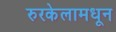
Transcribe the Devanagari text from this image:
रुरकेलामधून